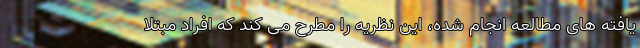
یافته های مطالعه انجام شده، این نظریه را مطرح می کند که افراد مبتلا